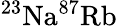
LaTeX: ^{23}\mathrm{Na}^{87}\mathrm{Rb}